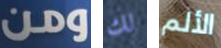
ومن لك الألم